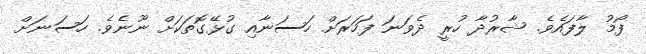
ފޯމު ލާފައެވެ. ޝާރުދާ ހުރީ ދެވަނަ ފަހަރަށް ހަސަނާއި ގުޅޭގޮތަކަށް ނޫނެވެ. ހަސަނަށް